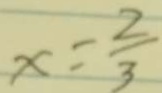
x = \frac { 2 } { 3 }